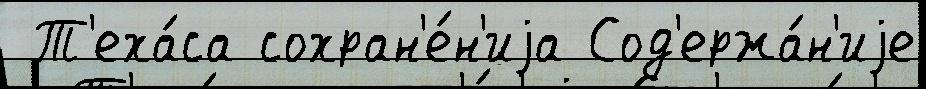
 Т'еха́са сохран'е́н'иjа Сод'ержа́н'иjе